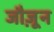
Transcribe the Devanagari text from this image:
जौज़ून